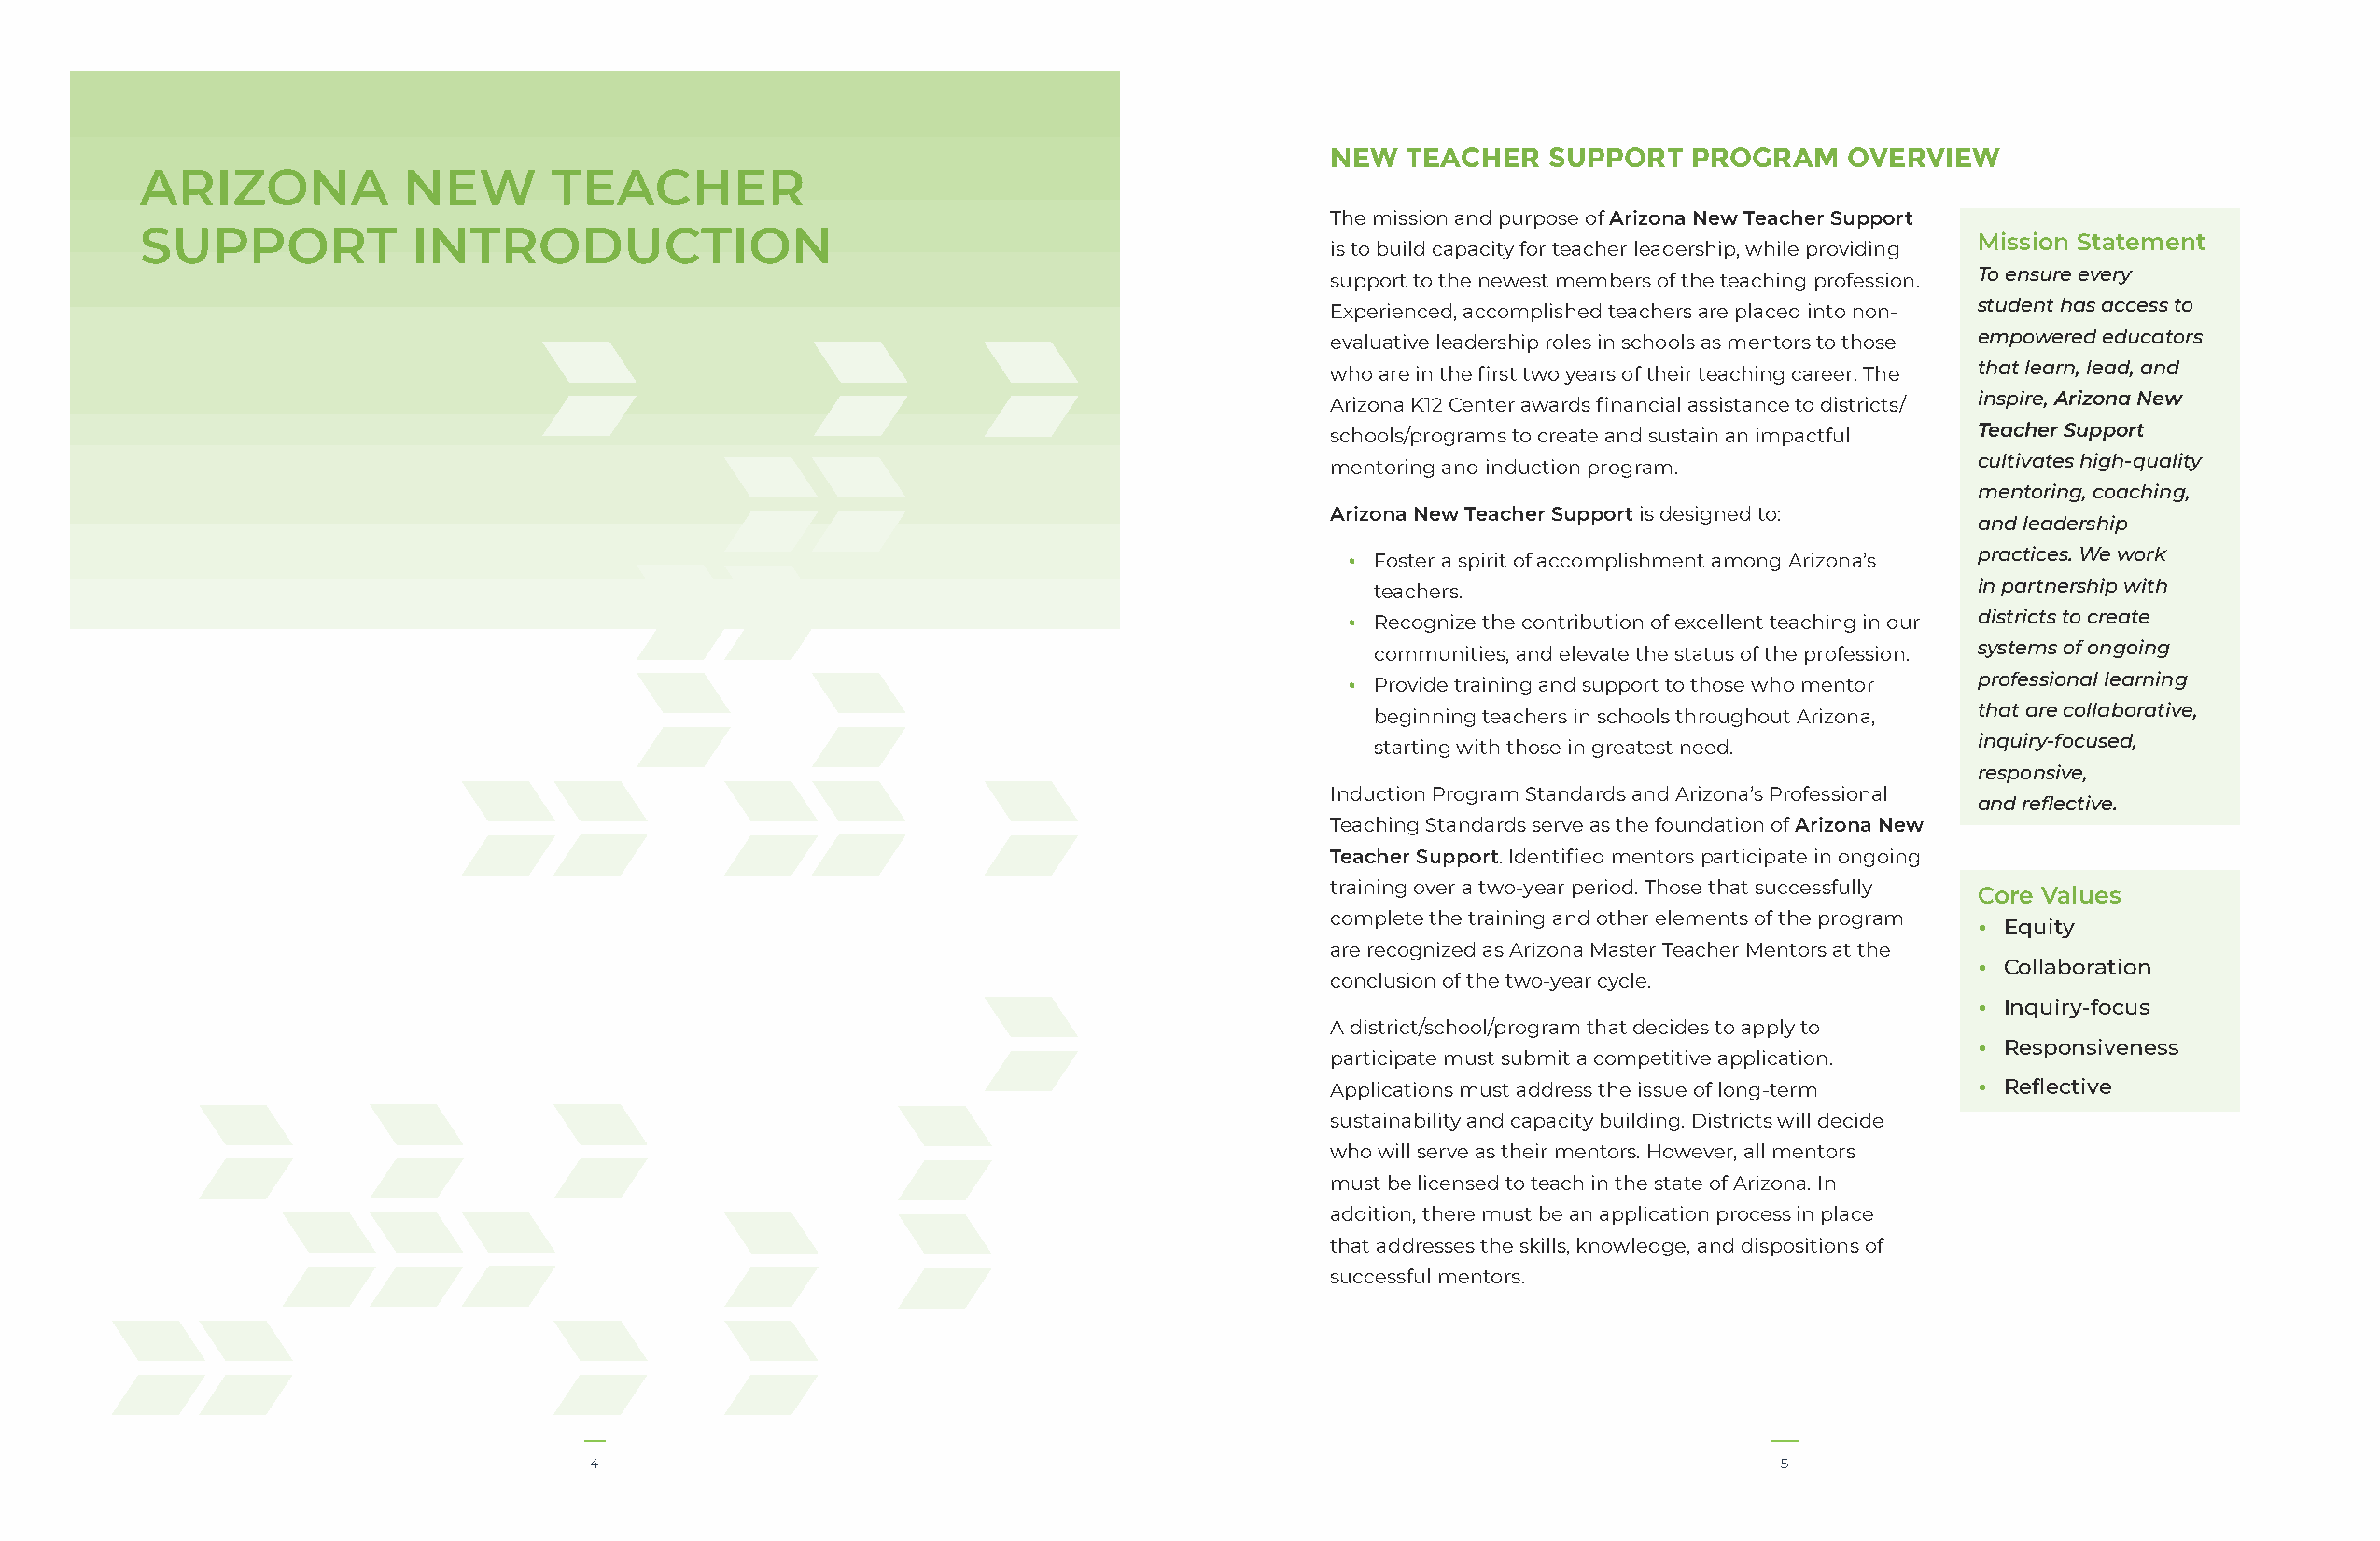
NEW   TEACHER   SUPPORT   PROGRAM    OVERVIEW
 ARIZONA            NEW       TEACHER
 The mission and purpose of Arizona New Teacher Support
 SUPPORT            INTRODUCTION
 Mission Statement
 is to build capacity for teacher leadership, while providing
 To ensure every
 support to the newest members of the teaching profession.
 student has access to
 Experienced, accomplished teachers are placed into non-
 empowered educators
 evaluative leadership roles in schools as mentors to those
 that learn, lead, and
 who are in the first two years of their teaching career. The
 inspire, Arizona New
 Arizona K12 Center awards financial assistance to districts/
 Teacher Support
 schools/programs to create and sustain an impactful
 cultivates high-quality
 mentoring and induction program.
 mentoring, coaching,
 Arizona New Teacher Support is designed to:
 and leadership
 practices. We work
 • Foster a spirit of accomplishment among Arizona’s
 in partnership with
 teachers.
 districts to create
 • Recognize the contribution of excellent teaching in our
 systems of ongoing
 communities, and elevate the status of the profession.
 professional learning
 • Provide training and support to those who mentor
 that are collaborative,
 beginning teachers in schools throughout Arizona,
 inquiry-focused,
 starting with those in greatest need.
 responsive,
 Induction Program Standards and Arizona’s Professional
 and reflective.
 Teaching Standards serve as the foundation of Arizona New
 Teacher Support. Identified mentors participate in ongoing
 training over a two-year period. Those that successfully
 Core Values
 complete the training and other elements of the program
 • Equity
 are recognized as Arizona Master Teacher Mentors at the
 • Collaboration
 conclusion of the two-year cycle.
 • Inquiry-focus
 A district/school/program that decides to apply to
 • Responsiveness
 participate must submit a competitive application.
 Applications must address the issue of long-term • Reflective
 sustainability and capacity building. Districts will decide
 who will serve as their mentors. However, all mentors
 must be licensed to teach in the state of Arizona. In
 addition, there must be an application process in place
 that addresses the skills, knowledge, and dispositions of
 successful mentors.
 4                                                                                   5